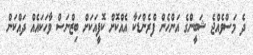
ދެ މަސްވެއްޖެ ޝަބީންގެ އަންހެން ފްރެންޑަކާ އެއްކޮށް ކޮފީއަކަށް ބިޒްނަސް ވާހަކައެއް ދައްކަން